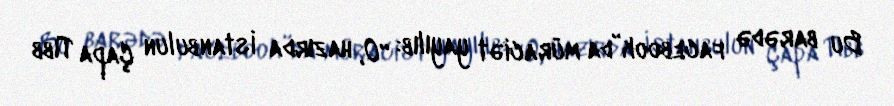
Bu barədə facebook”da müraciət yayılıb: “O, hazırda İstanbulun Çapa Tıbb